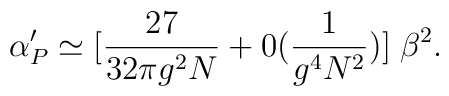
\alpha_P'\simeq [ {27\over 32 \pi g^2 N}+ 0(\frac{1}{g^4 N^2})] \; { \beta^2}.